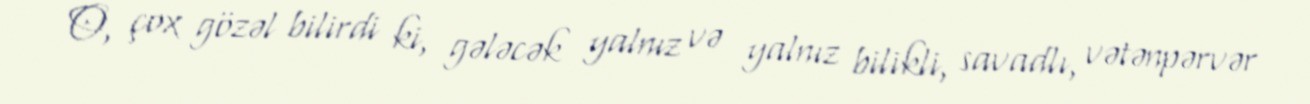
O, çox gözəl bilirdi ki, gələcək yalnız və yalnız bilikli, savadlı, vətənpərvər